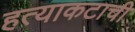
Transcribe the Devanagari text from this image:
हत्याकटाची